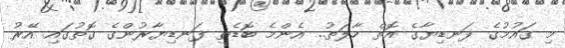
މި ގައުމުގެ ފަނޑިޔާގެ އޮތް ހާލަތު.. އެންމެ ބޮޑެތި ފަނޑިޔާރުންގެ ގޮތުގައި އޭރު